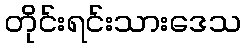
တိုင်းရင်းသားဒေသ